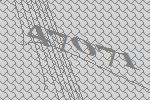
47071